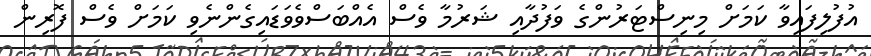
އުފުލިފައިވާ ކަމަށް މިނިސްޓަރުންގެ ވަފުދާއި ޝަރުމާ ވެސް އެއްބަސްވެވަޑައިގެންނެވި ކަމަށް ވެސް ފޮރިން